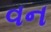
વન